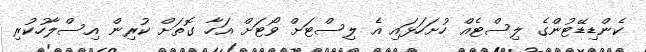
ކެންޑިޑޭޓުންގެ ލިސްޓެއް ހުށަހަޅައި އެ ލިސްޓަށް ވޯޓަށް އަހާ ގޮތަށް ކުރިން އިސްލާހުކުރި